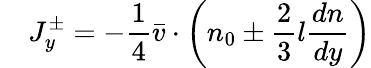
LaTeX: \quad J_{y}^{\pm}=-{\frac{1}{4}}{\bar{v}}\cdot\left(n_{0}\pm{\frac{2}{3}}l{\frac{dn}{dy}}\right)